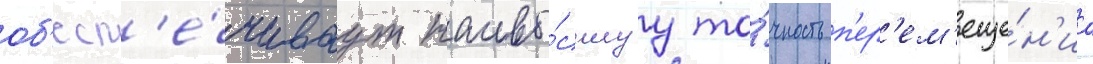
об'есп'е́чиваут наивы́сшуу то́чность п'ер'ем'еще́н'иа